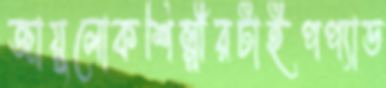
জায়ুলোকশিল্পীরটাইপপ্যাড